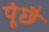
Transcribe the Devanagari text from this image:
पूंछै